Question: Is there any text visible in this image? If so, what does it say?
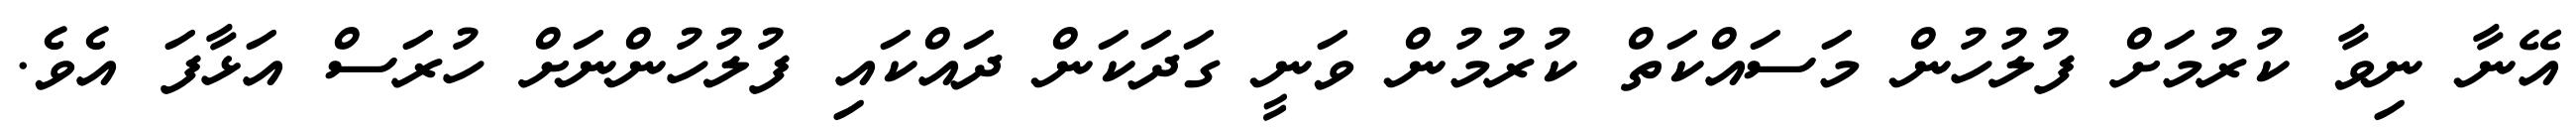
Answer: އޭނާ ނިވާ ކުރުމަށް ފުލުހުން މަސައްކަތް ކުރުމުން ވަނީ ގަދަކަން ދައްކައި ފުލުހުންނަށް ހުރަސް އަޅާފަ އެވެ.